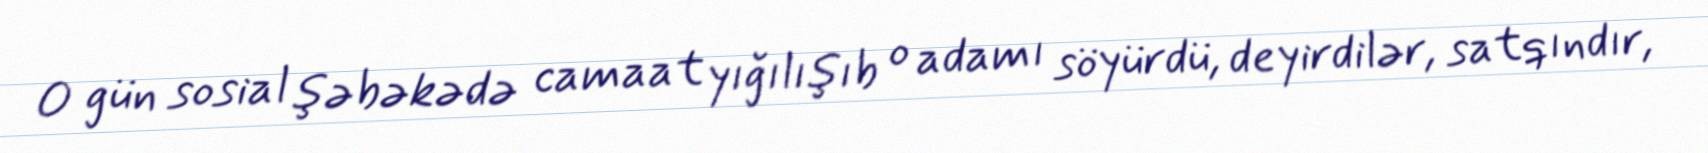
O gün sosial şəbəkədə camaat yığılışıb o adamı söyürdü, deyirdilər, satqındır,